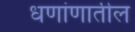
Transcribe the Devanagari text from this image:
धणांणातील